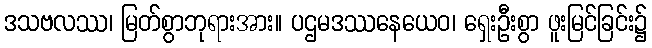
ဒသဗလဿ၊ မြတ်စွာဘုရားအား။ ပဌမဒဿနေယေဝ၊ ရှေးဦးစွာ ဖူးမြင်ခြင်း၌